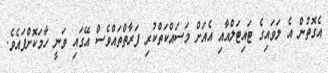
އެގޮތުން އެ ލަވައިގެ ޓައިޓަލްއާއި އެއަށް މަސައްކަތްކުރި ފަރާތްތައްވެސް އޭގައި ވަނީ ހާމަކޮށްފައެވެ.